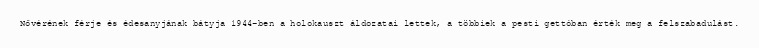
Nővérének férje és édesanyjának bátyja 1944-ben a holokauszt áldozatai lettek, a többiek a pesti gettóban érték meg a felszabadulást.